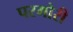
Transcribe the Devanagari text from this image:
परमोरी